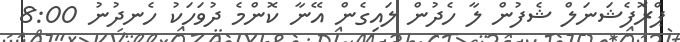
ޕްރޮފެޝަނަލް ޝެފުން ލާ ހެދުން ލައިގެން އޭނާ ކޮންމެ ދުވަހަކު ހެނދުނު 8:00